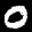
Digit: 0